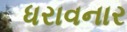
ધરાવનાર